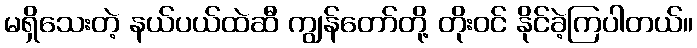
မရှိသေးတဲ့ နယ်ပယ်ထဲဆီ ကျွန်တော်တို့ တိုးဝင် နိုင်ခဲ့ကြပါတယ်။